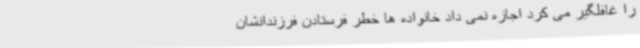
را غافلگیر می کرد اجازه نمی داد خانواده ها خطر فرستادن فرزندانشان